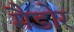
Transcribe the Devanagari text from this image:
मैडोर